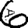
Digit: 6